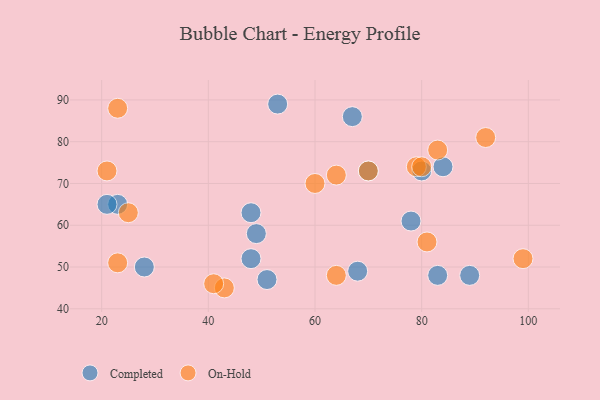
{"axis": {"x": "GDP", "y": "Life Expectancy"}, "legend": ["Completed", "On-Hold"], "data": [{"x": "23", "y": 65, "type": "Completed"}, {"x": "53", "y": 89, "type": "Completed"}, {"x": "84", "y": 74, "type": "Completed"}, {"x": "80", "y": 73, "type": "Completed"}, {"x": "89", "y": 48, "type": "Completed"}, {"x": "70", "y": 73, "type": "Completed"}, {"x": "67", "y": 86, "type": "Completed"}, {"x": "78", "y": 61, "type": "Completed"}, {"x": "48", "y": 52, "type": "Completed"}, {"x": "49", "y": 58, "type": "Completed"}, {"x": "21", "y": 65, "type": "Completed"}, {"x": "48", "y": 63, "type": "Completed"}, {"x": "83", "y": 48, "type": "Completed"}, {"x": "68", "y": 49, "type": "Completed"}, {"x": "28", "y": 50, "type": "Completed"}, {"x": "51", "y": 47, "type": "Completed"}, {"x": "64", "y": 72, "type": "On-Hold"}, {"x": "23", "y": 51, "type": "On-Hold"}, {"x": "81", "y": 56, "type": "On-Hold"}, {"x": "99", "y": 52, "type": "On-Hold"}, {"x": "23", "y": 88, "type": "On-Hold"}, {"x": "21", "y": 73, "type": "On-Hold"}, {"x": "83", "y": 78, "type": "On-Hold"}, {"x": "92", "y": 81, "type": "On-Hold"}, {"x": "60", "y": 70, "type": "On-Hold"}, {"x": "43", "y": 45, "type": "On-Hold"}, {"x": "41", "y": 46, "type": "On-Hold"}, {"x": "79", "y": 74, "type": "On-Hold"}, {"x": "25", "y": 63, "type": "On-Hold"}, {"x": "70", "y": 73, "type": "On-Hold"}, {"x": "64", "y": 48, "type": "On-Hold"}, {"x": "80", "y": 74, "type": "On-Hold"}]}